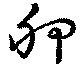
胛